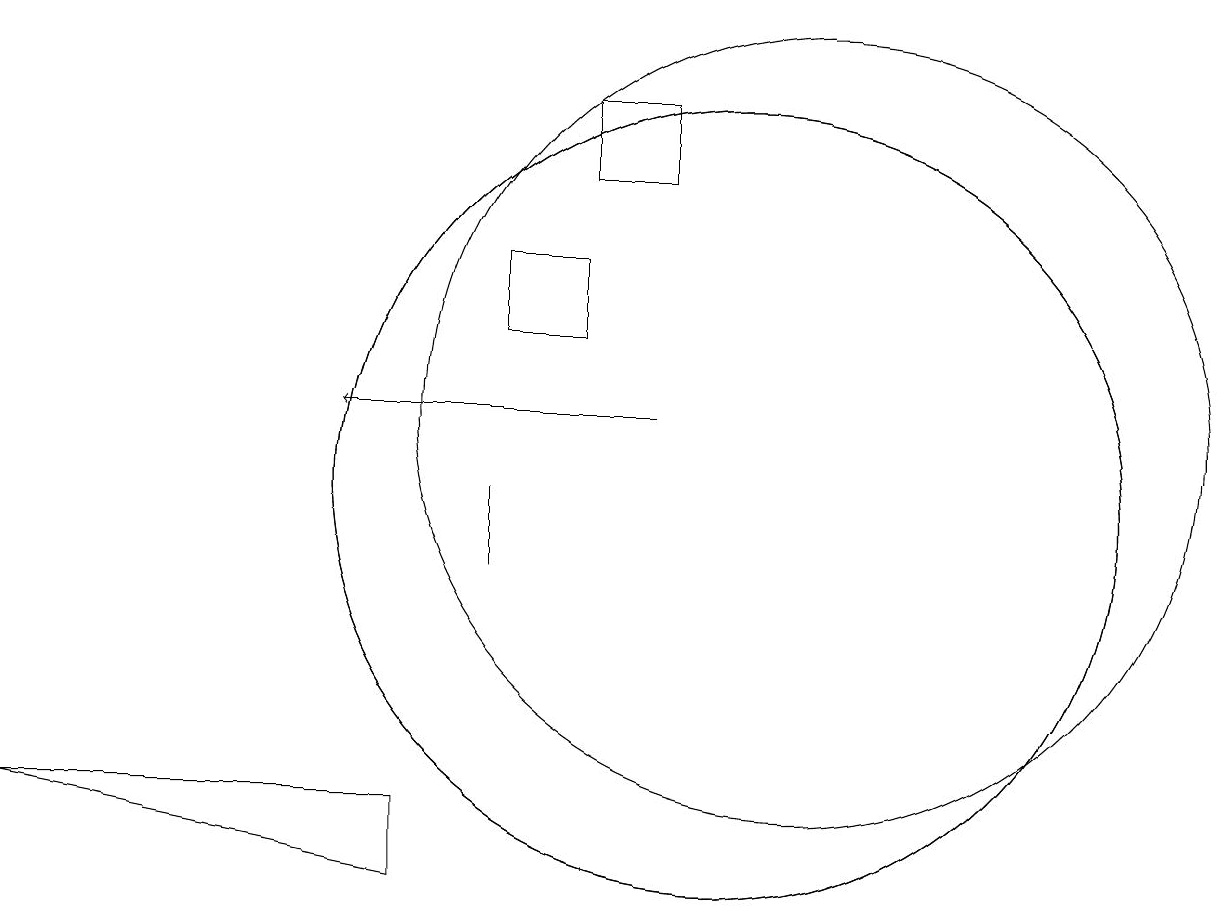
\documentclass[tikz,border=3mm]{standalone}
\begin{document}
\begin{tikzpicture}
\draw (11,12) circle (5);
\draw (7,11) rectangle (7,10);
\draw (7,14) rectangle (8,13);
\draw[->] (9,12) -- (5,12);
\draw (9,15) rectangle (8,16);
\draw (1,7) -- (6,7) -- (6,6) -- cycle;
\draw (10,11) circle (5);
\draw (10,11) circle (5);
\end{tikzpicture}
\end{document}